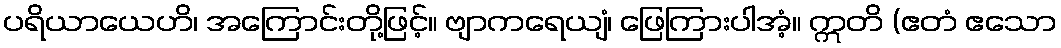
ပရိယာယေဟိ၊ အကြောင်းတို့ဖြင့်။ ဗျာကရေယျံ၊ ဖြေကြားပါအံ့။ ဣတိ (ဧတံ ဧသော